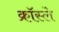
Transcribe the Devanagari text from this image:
क्रॉस्ले